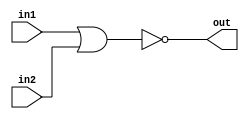
// https://hdlbits.01xz.net/wiki/Exams/m2014_q4e

module top_module (
    input in1,
    input in2,
    output out);

    assign out = ~(in1 | in2);
endmodule